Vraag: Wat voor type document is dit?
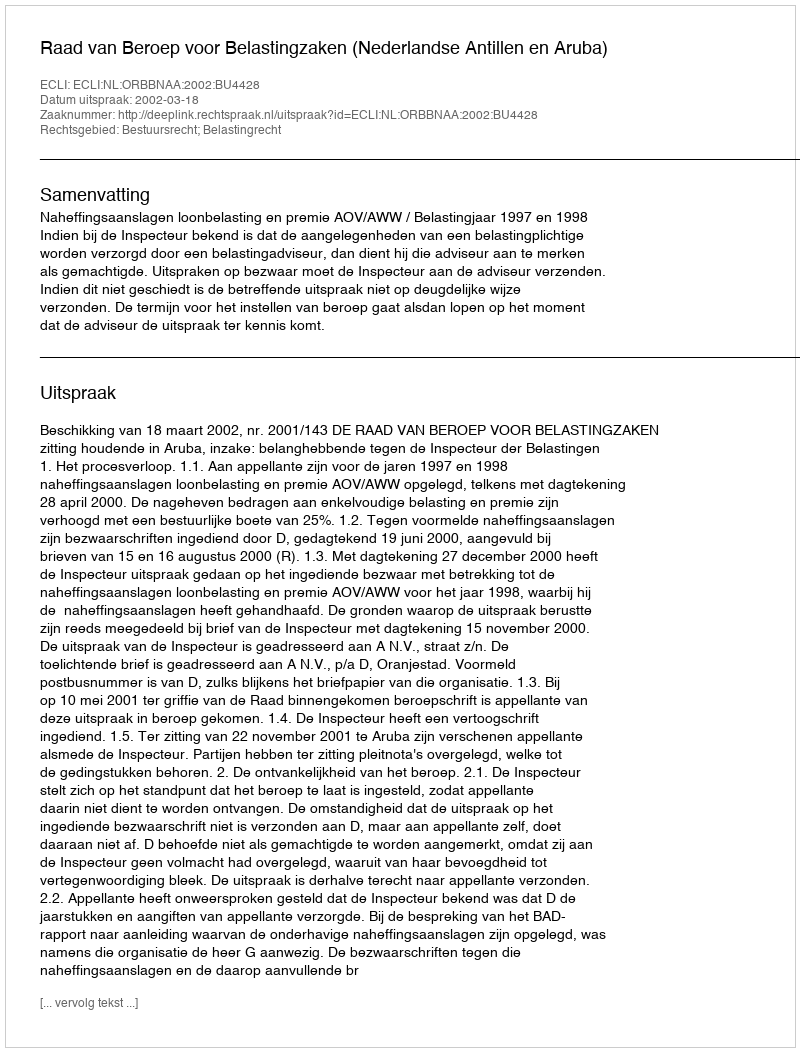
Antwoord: Uitspraak